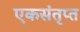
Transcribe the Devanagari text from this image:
एकसंतृप्त